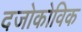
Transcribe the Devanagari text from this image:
दजोकोविक